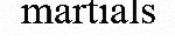
martials